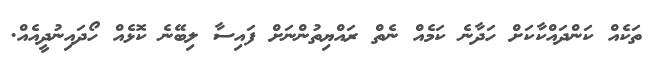
ތަކެއް ކަންދައްކާކަށް ހަދާނެ ކަމެއް ނެތް ރައްޔިތުންނަށް ފައިސާ ލިބޭނެ ކޮޅެއް ހޯދައިނުދީއެއް.